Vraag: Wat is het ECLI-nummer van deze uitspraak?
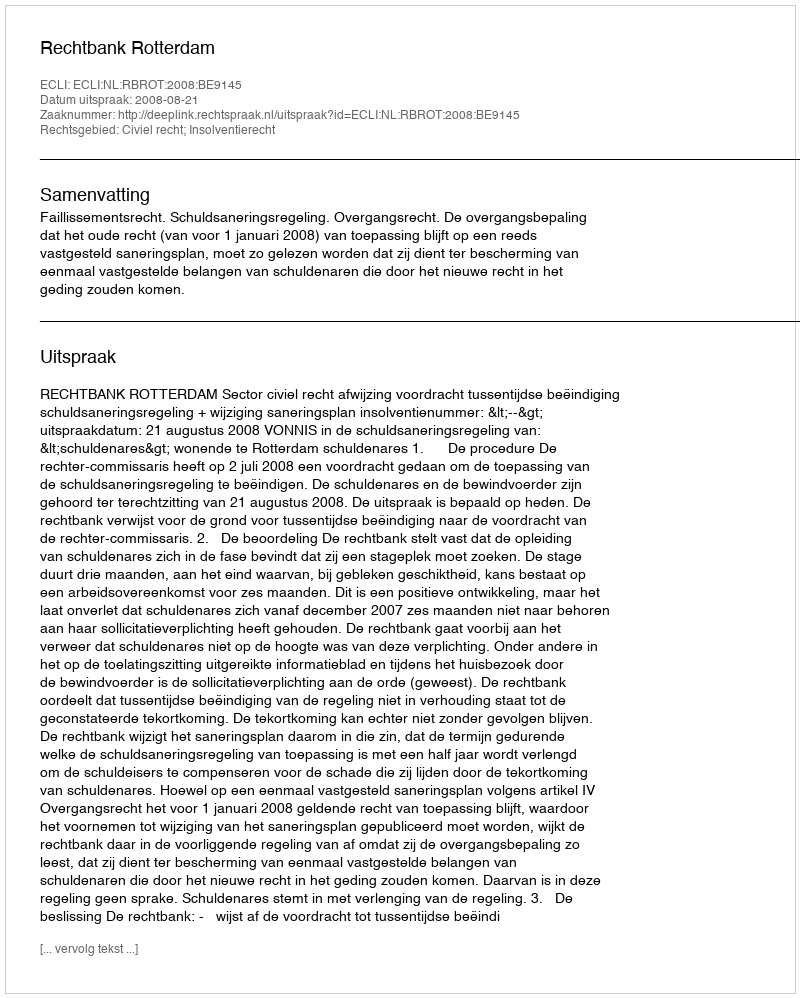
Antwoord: ECLI:NL:RBROT:2008:BE9145